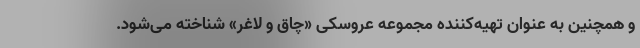
و همچنین به عنوان تهیه‌کننده مجموعه عروسکی «چاق و لاغر» شناخته می‌شود.